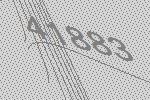
41883